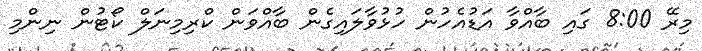
މިރޭ 8:00 ގައި ބާއްވާ އަޑުއެހުން ހުޅުވާލައިގެން ބާއްވަން ކްރިމިނަލް ކޯޓުން ނިންމި